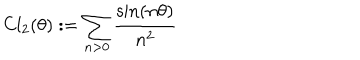
\mathrm { C l } _ { 2 } ( \theta ) : = \sum _ { n > 0 } \frac { \sin ( n \theta ) } { n ^ { 2 } }